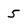
Character: 5